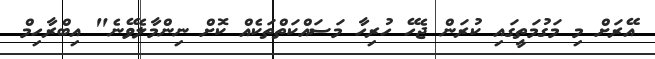
އޭރަށް މި މަގުމަތީގައި ކުރަން ޖެހޭ ހުރިހާ މަސައްކަތްތަކެއް ކޮށް ނިންމާލެވޭނެ" އިބްރާހިމް